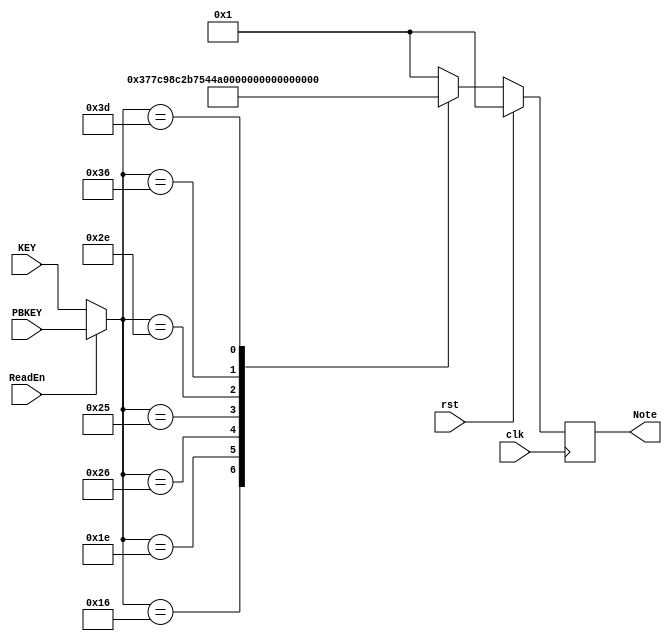
`timescale 1ns / 1ps
//////////////////////////////////////////////////////////////////////////////////
// Company: 
// Engineer: 
// 
// Design Name: 
// Module Name:    KeyToNote 
// Project Name: 
// Target Devices: 
// Tool versions: 
// Description: 
//
// Dependencies: 
//
// Revision: 
// Revision 0.01 - File Created
// Additional Comments: 
//
//////////////////////////////////////////////////////////////////////////////////

module KeyToNote(clk,rst, Note, KEY, PBKEY, ReadEn);

input clk;
input rst;
input ReadEn;
output reg [16:0] Note;
input [7:0]PBKEY;
input [7:0]KEY;
wire [7:0] CheckKey;

assign CheckKey = (ReadEn) ? PBKEY : KEY;

initial begin
Note = 1;
end

always @(posedge clk) begin
if(rst)
   Note <= 1;
else begin
case(CheckKey)
    8'b00010110: Note <= 56818; 
    8'b00011110: Note <= 50709; 
    8'b00100110: Note <= 95556; 
    8'b00100101: Note <= 85131; 
    8'b00101110: Note <= 75987; 
    8'b00110110: Note <= 71633; 
    8'b00111101: Note <= 63775; 
    default: Note<=1;
    endcase
end
end

endmodule